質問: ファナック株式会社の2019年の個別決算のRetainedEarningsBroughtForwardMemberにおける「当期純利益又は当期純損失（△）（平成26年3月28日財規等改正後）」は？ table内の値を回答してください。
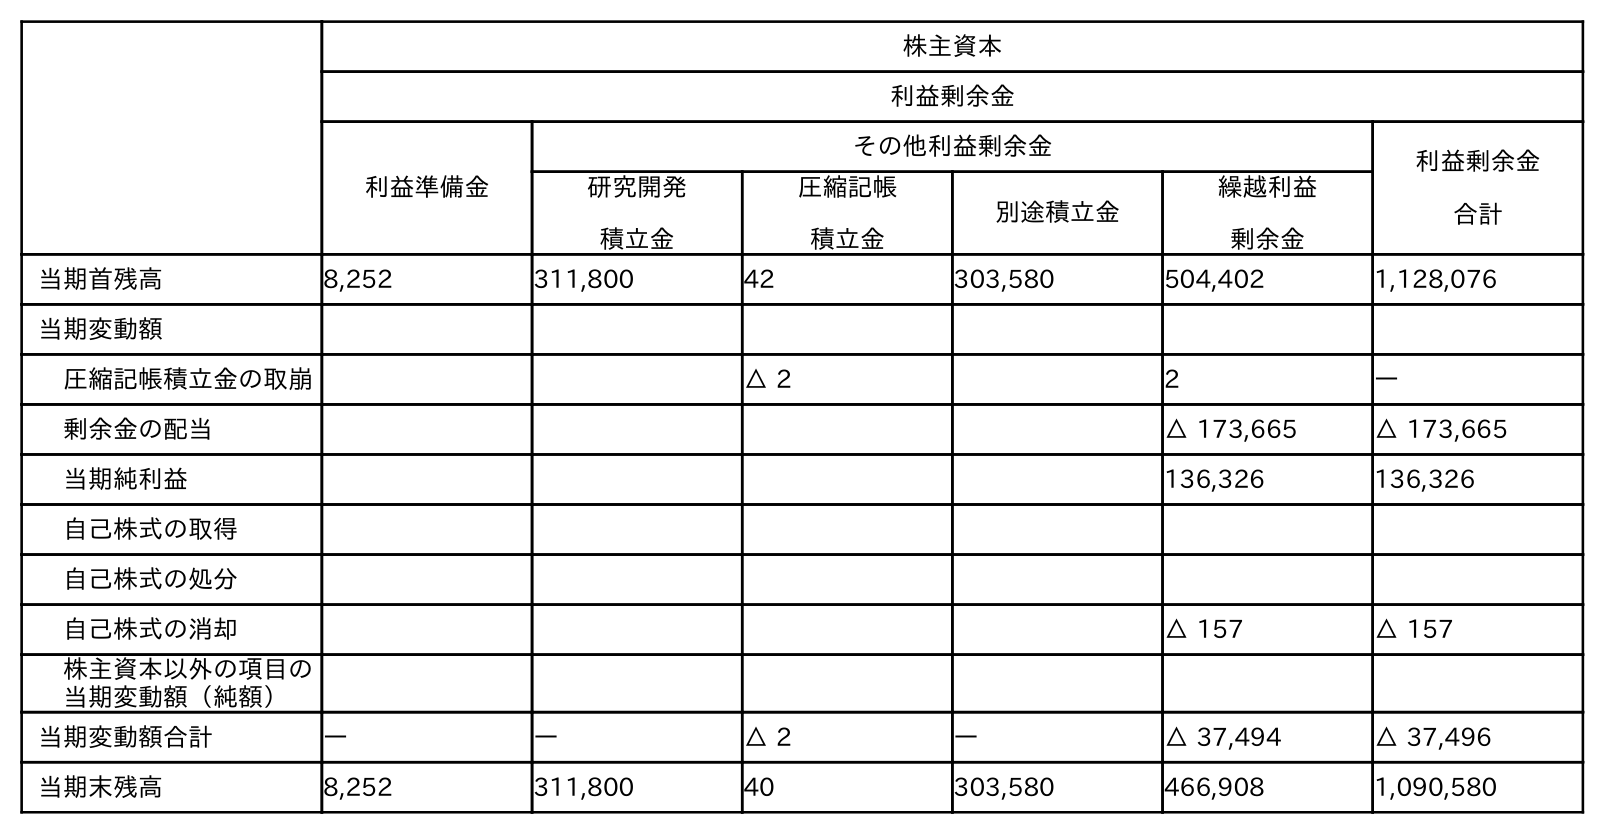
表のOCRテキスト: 株主資本 利益剰余金 利益準備金 その他利益剰余金 利益剰余金 合計 研究開発 積立金 圧縮記帳 積立金 別途積立金 繰越利益 剰余金 当期首残高 8,252 311,800 42 303,580 504,402 1,128,076 当期変動額 圧縮記帳積立金の取崩 △ 2 2 ― 剰余金の配当 △ 173,665 △ 173,665 当期純利益 136,326 136,326 自己株式の取得 自己株式の処分 自己株式の消却 △ 157 △ 157 株主資本以外の項目の 当期変動額（純額） 当期変動額合計 ― ― △ 2 ― △ 37,494 △ 37,496 当期末残高 8,252 311,800 40 303,580 466,908 1,090,580
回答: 136,326